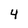
Character: 4